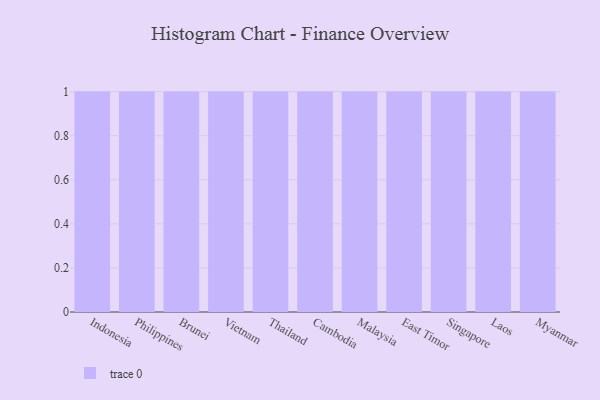
{"axis": {"x": "Country", "y": "Demand Index"}, "legend": [""], "data": [{"x": "Indonesia", "y": 26, "type": ""}, {"x": "Philippines", "y": 30, "type": ""}, {"x": "Brunei", "y": 36, "type": ""}, {"x": "Vietnam", "y": 66, "type": ""}, {"x": "Thailand", "y": 81, "type": ""}, {"x": "Cambodia", "y": 38, "type": ""}, {"x": "Malaysia", "y": 71, "type": ""}, {"x": "East Timor", "y": 69, "type": ""}, {"x": "Singapore", "y": 8, "type": ""}, {"x": "Laos", "y": 33, "type": ""}, {"x": "Myanmar", "y": 81, "type": ""}]}